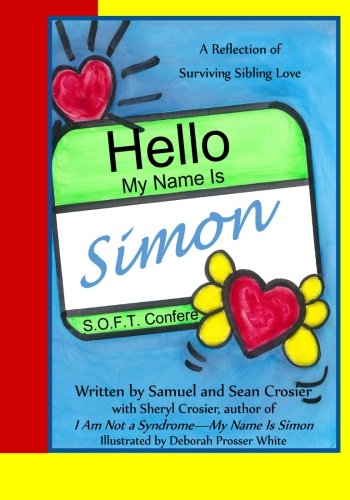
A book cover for Hello My Name is Simon; Sheryl Crosier; Parenting & Relationships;